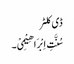
ڈی کلٹر
سُنَّتِ اِبْرَ اھِیْمِیْ۔